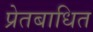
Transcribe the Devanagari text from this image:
प्रेतबाधित